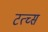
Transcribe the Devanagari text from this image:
टत्च्स